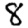
Digit: 8